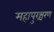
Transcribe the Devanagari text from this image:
महापुरश्चरण